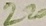
Text: 220